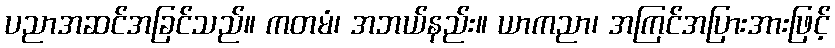
ပညာအဆင်အခြင်သည်။ ကတမံ၊ အဘယ်နည်း။ ယာကညာ၊ အကြင်အပြားအားဖြင့်